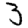
Digit: 3